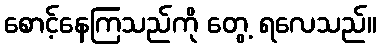
စောင့်နေကြသည်ကို တွေ့ ရလေသည်။